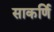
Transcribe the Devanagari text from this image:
साकर्णि